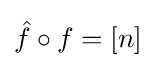
{\hat {f}}\circ f=[n]